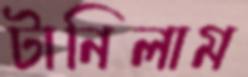
টানিলাম